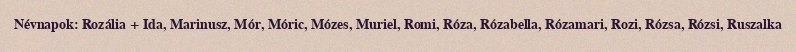
Névnapok: Rozália + Ida, Marinusz, Mór, Móric, Mózes, Muriel, Romi, Róza, Rózabella, Rózamari, Rozi, Rózsa, Rózsi, Ruszalka